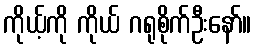
ကိုယ့်ကို ကိုယ် ဂရုစိုက်ဦးနော်။